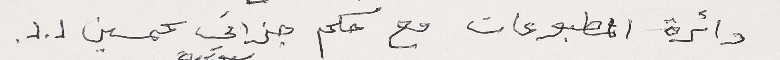
دائرة المطبوعات مع حكم جزائي بحمسين ل.ل.